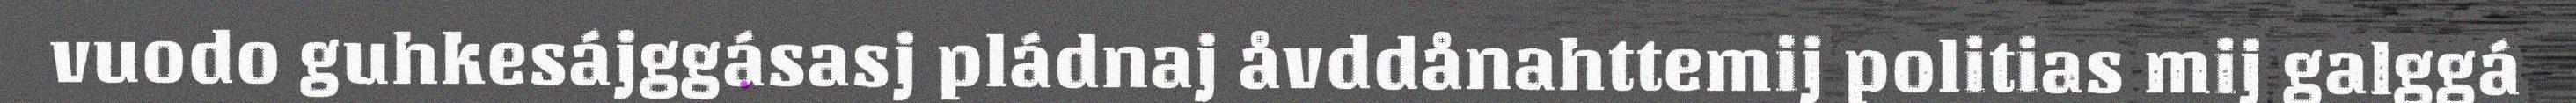
vuodo guhkesájggásasj pládnaj åvddånahttemij politias mij galggá